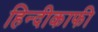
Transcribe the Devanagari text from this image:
हिन्दीकाफी